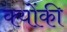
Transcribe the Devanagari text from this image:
क्‍योंकी